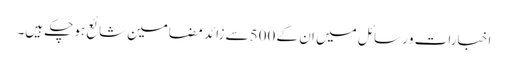
اخبارات و رسائل میں ان کے 500سے زائد مضامین شائع ہوچکے ہیں۔